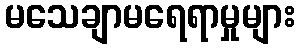
မသေချာမရေရာမှုများ